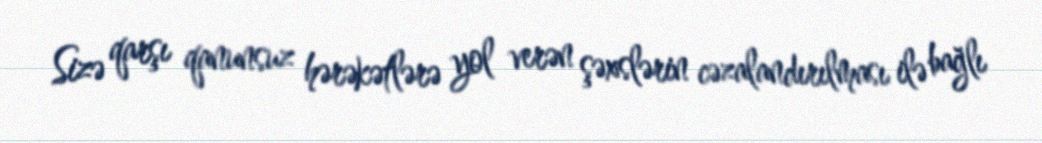
Sizə qarşı qanunsuz hərəkətlərə yol verən şəxslərin cəzalandırılması ilə bağlı